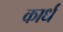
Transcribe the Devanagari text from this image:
कार्ध